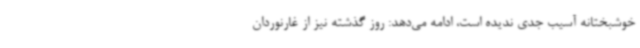
خوشبختانه آسیب جدی ندیده است، ادامه می‌دهد: روز گذشته نیز از غارنوردان